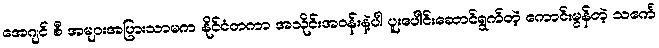
အေဂျင် စီ အများအပြားသာမက နိုင်ငံတကာ အသိုင်းအဝန်းနဲ့ပါ ပူးပေါင်းဆောင်ရွက်တဲ့ ကောင်းမွန်တဲ့ သင်္ကေ